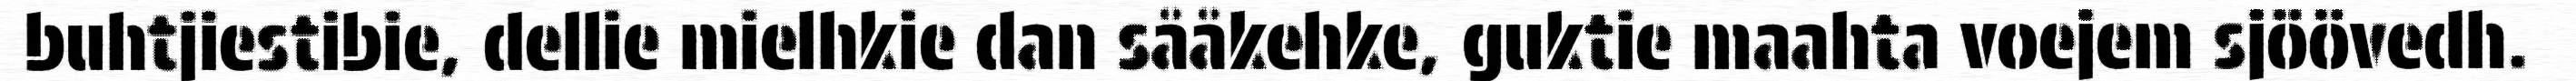
buhtjiestibie, dellie mielhkie dan sååkehke, guktie maahta voejem sjöövedh.